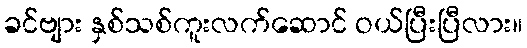
ခင်ဗျား နှစ်သစ်ကူးလက်ဆောင် ဝယ်ပြီးပြီလား။